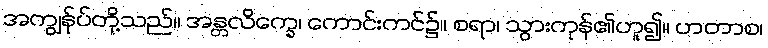
အကျွန်ုပ်တို့သည်။ အန္တလိက္ခေ၊ ကောင်းကင်၌။ စရာ၊ သွားကုန်၏ဟူ၍။ ဟတာစ၊